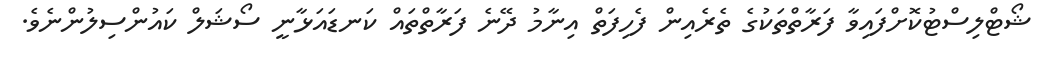
ޝޯޓްލިސްޓުކޮށްފައިވާ ފަރާތްތަކުގެ ތެރެއިން ފެހިފަތް އިނާމު ދޭނެ ފަރާތްތައް ކަނޑައަޅާނީ ސޯޝަލް ކައުންސިލުންނެވެ.